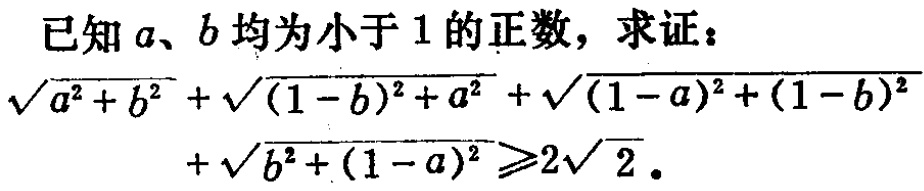
已知\(a、b\)均为小于\(1\)的正数，求证：
\(\sqrt{a^{2}+b^{2}}+\sqrt{(1 - b)^{2}+a^{2}}+\sqrt{(1 - a)^{2}+(1 - b)^{2}}+\sqrt{b^{2}+(1 - a)^{2}}\geqslant2\sqrt{2}\)。